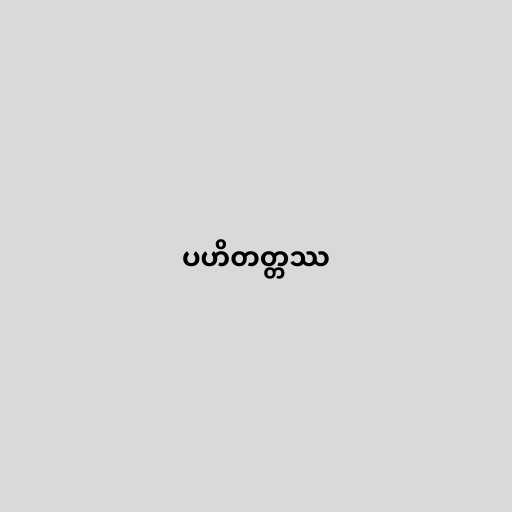
ပဟိတတ္တဿ